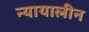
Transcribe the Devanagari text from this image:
न्यायालीन